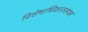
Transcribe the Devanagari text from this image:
विशेषाधिकारसंपन्न